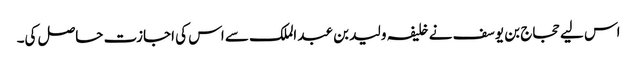
اس لیے حجاج بن یوسف نے خلیفہ ولید بن عبد الملک سے اس کی اجازت حاصل کی۔